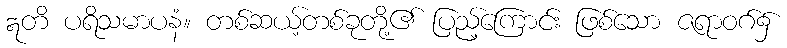
ဣတိ ပရိသမာပနံ။ တစ်ဆယ့်တစ်ခုတို့၏ ပြည့်ကြောင်း ဖြစ်သော ဇရာဝဂ်၌